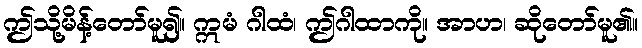
ဤသို့မိန့်တော်မူ၍။ ဣမံ ဂါထံ၊ ဤဂါထာကို။ အာဟ၊ ဆိုတော်မူ၏။